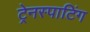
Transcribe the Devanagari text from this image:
ट्रेनस्पाटिंग